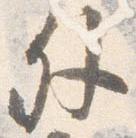
外